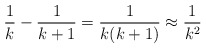
\begin{align*} \frac{1}{k} - \frac{1}{k+1} = \frac{1}{k(k+1)} \approx \frac{1}{k^2}\end{align*}